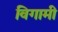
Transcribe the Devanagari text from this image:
विगामी